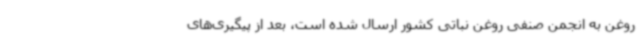
روغن به انجمن صنفی روغن نباتی کشور ارسال شده است، بعد از پیگیری‌های